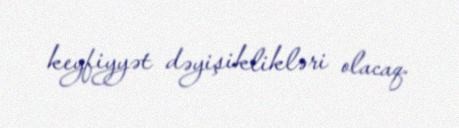
keyfiyyət dəyişiklikləri olacaq.